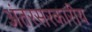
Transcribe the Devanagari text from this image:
अंतरसरकारीय